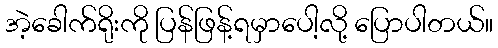
အဲ့ခေါက်ရိုးကို ပြန်ဖြန့်ရမှာပေါ့လို့ ပြောပါတယ်။